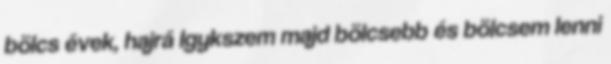
bölcs évek, hajrá Igykszem majd bölcsebb és bölcsem lenni